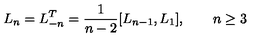
L _ { n } = L _ { - n } ^ { T } = { \frac { 1 } { n - 2 } } [ L _ { n - 1 } , L _ { 1 } ] , \qquad n \ge 3